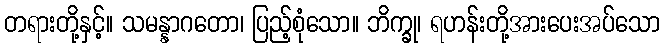
တရားတို့နှင့်။ သမန္နာဂတော၊ ပြည့်စုံသော။ ဘိက္ခု၊ ရဟန်းတို့အားပေးအပ်သော